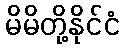
မိမိတို့နိုင်ငံ